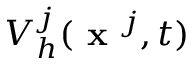
V _ { h } ^ { j } ( \textbf { x } ^ { j } , t )